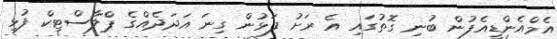
އެމްއެންޑީއެފުން ބުނި ގޮތުގައި އެ ރަށު ފަޅުން ގިނަ އަދަދެއްގެ ޕްލާސްޓިކް ފުޅި